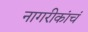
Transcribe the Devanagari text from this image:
नागरीकांचं